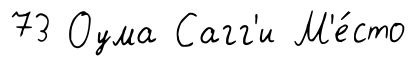
73 Оума Сагг'и М'е́сто